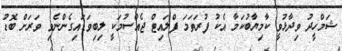
ޝަމްހީދު ވިދާޅުވީ ކާމިޔާބުކަމާ އެކު ފުރަތަމަ ފްލައިޓް ޖެއްސުމަކީ ލިބިވަޑައިގެންނެވި ވަރަށް ބޮޑު